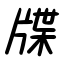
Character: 牒